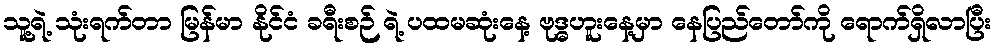
သူ့ရဲ့ သုံးရက်တာ မြန်မာ နိုင်ငံ ခရီးစဉ် ရဲ့ ပထမဆုံးနေ့ ဗုဒ္ဓဟူးနေ့မှာ နေပြည်တော်ကို ရောက်ရှိလာပြီး